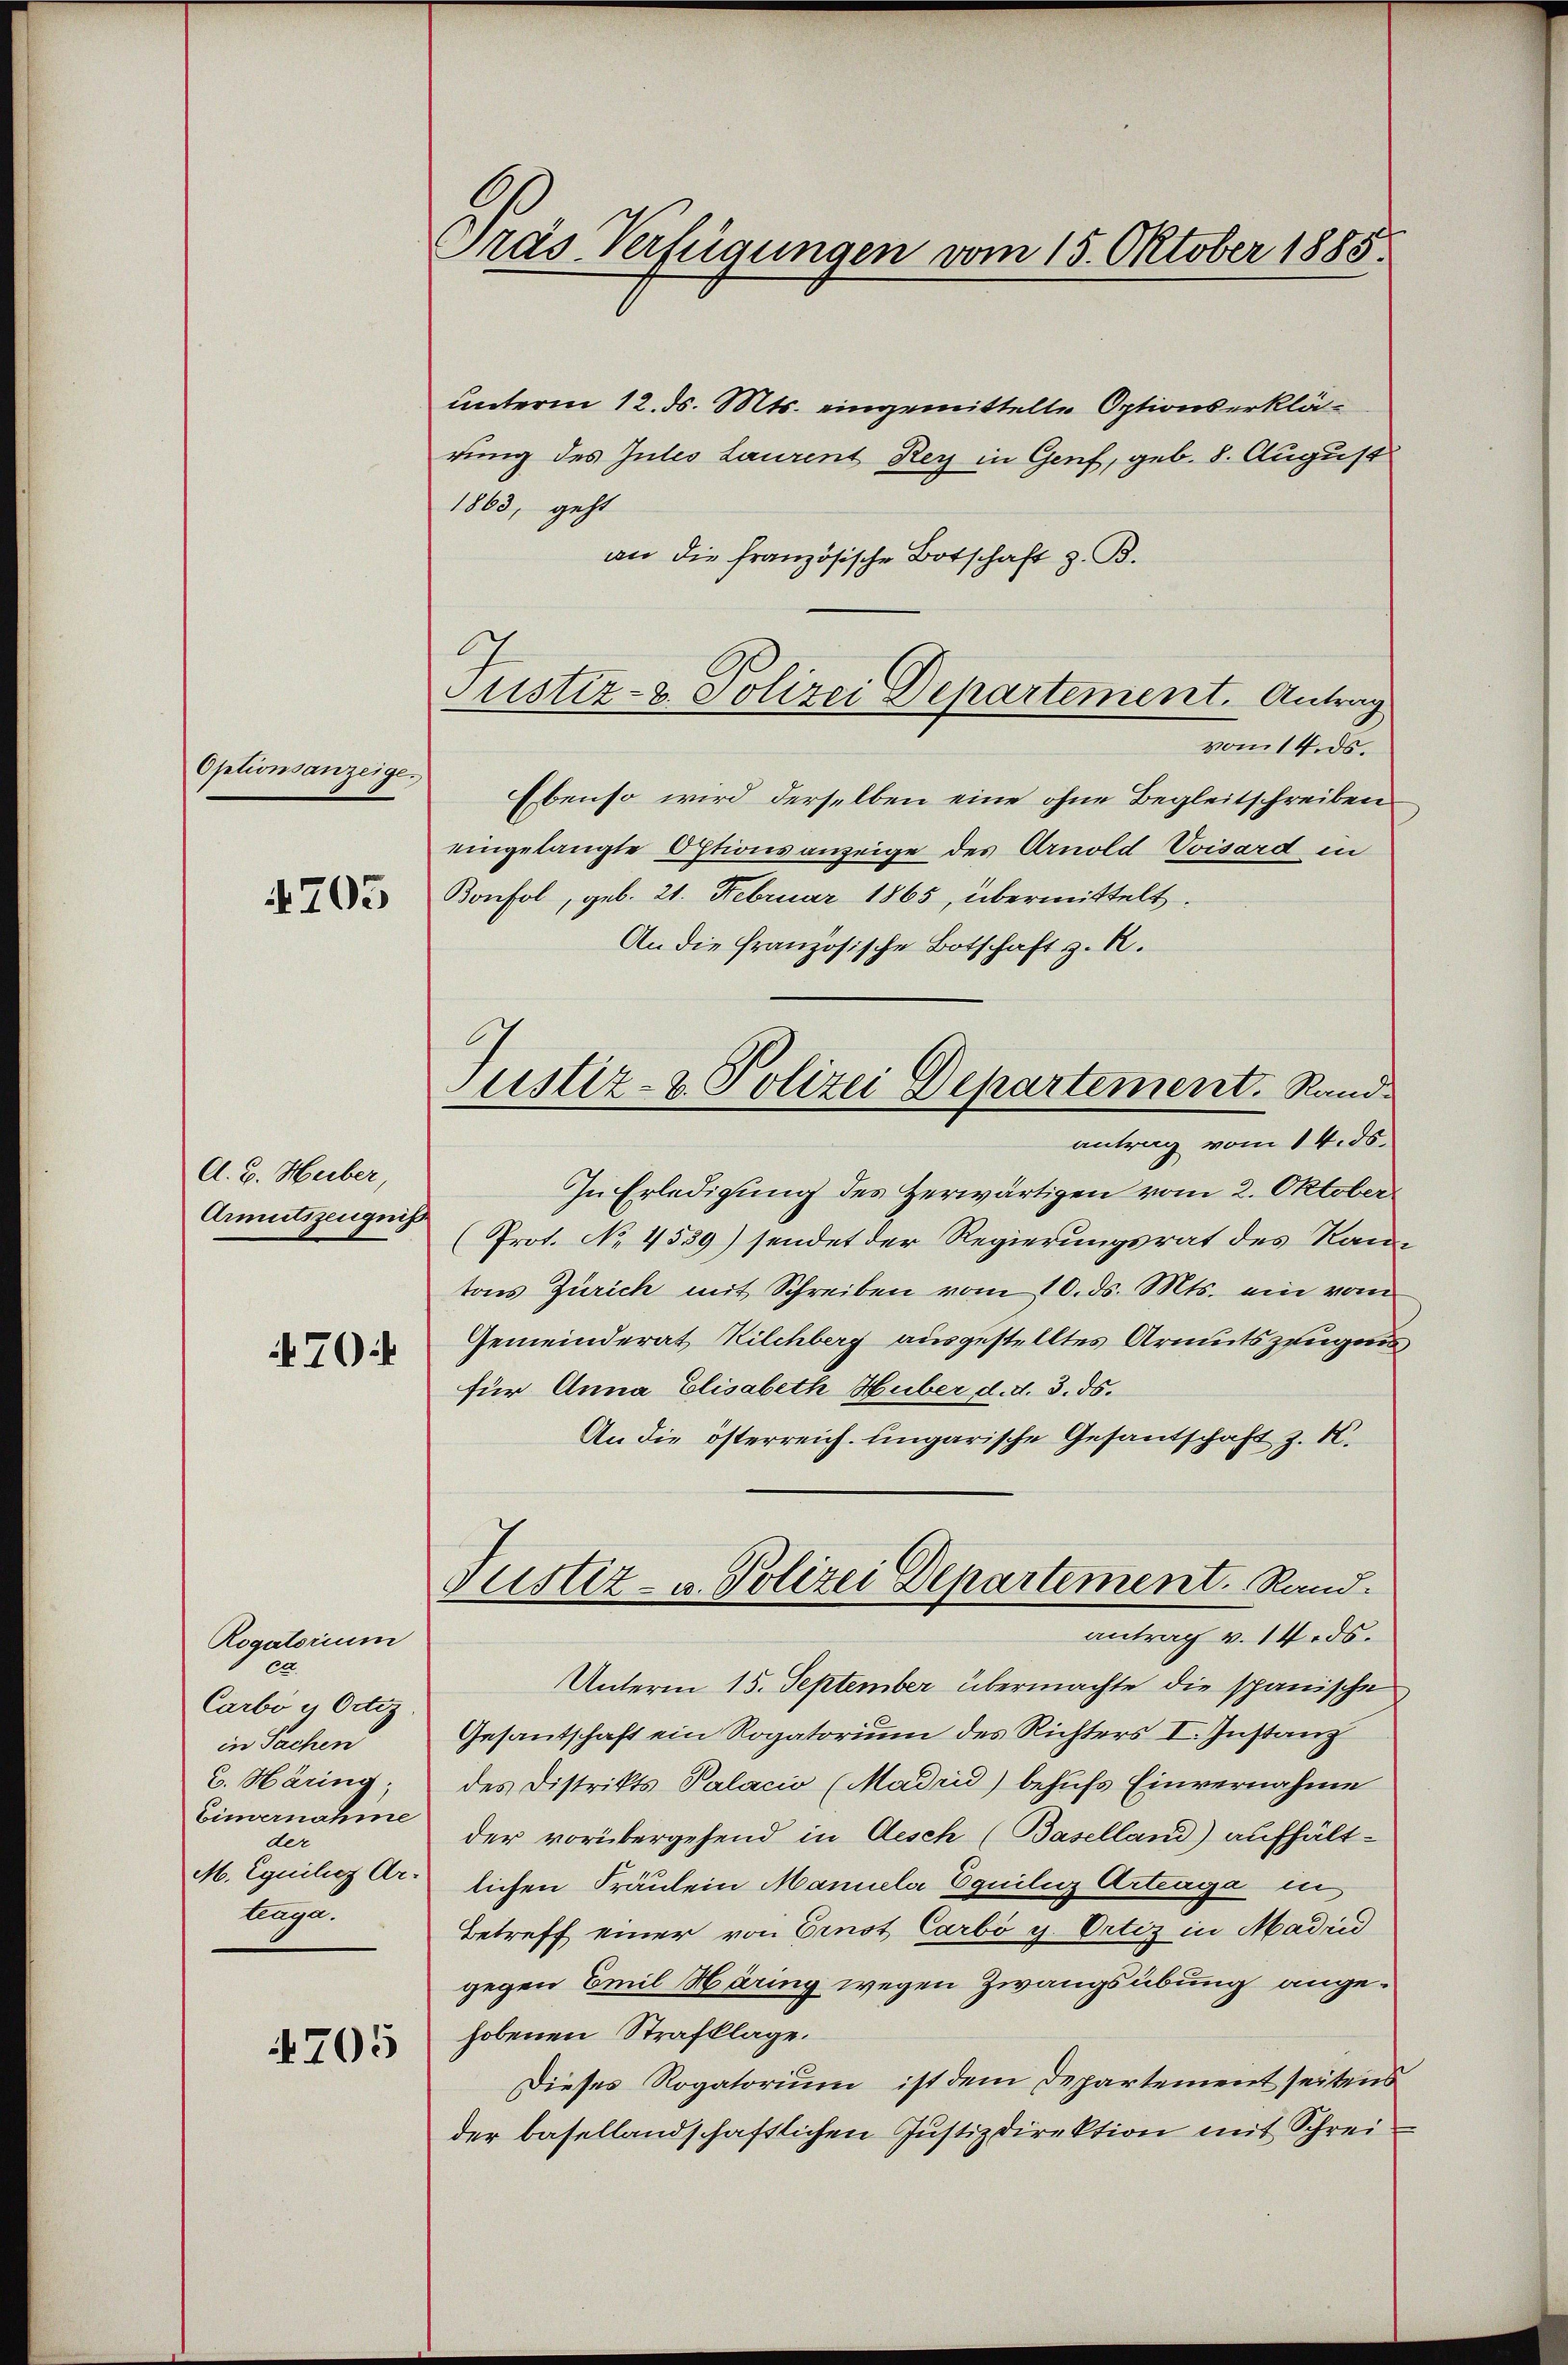
Optionsanzeige.
4705

A. B. Heiber,
Armutszeugnis
70:

Rogatorium
e
Carbo g Octiz.
in Sachen
E. Häring
Einvernahme
der
M. Equiliez Arlaga.

4705

Gras Verfügungen vom 15. Oktober 1885.

unterm 12. ds. Mts. eingemittelte Optionserklärung des Gutes Laurent Rey in Genf, geb. 8. August
1863, geht
an die französische Botschaft z. B.
Tustiz- & Polizei Departement. Antrag
vom 14. ds.
Ebenso wird derselben eine ohne Begleitschreiben
eingelangte Optionsanzeige des Arnold Voisard in
Bonfol, geb. 21. Februar 1865, übermittelt.
An die französische Botschaft z. R.
antrag vom 14. ds.
In Erledigung des Herwärtigen vom 2. Oktober
(Prot. No. 4539) sendet der Regierungsrat des Rautons Zürich mit Schreiben vom 10. ds. Mts. ein vom
Gemeinderat Kilchberg ausgestelltes Armutszeugensfür Anna Elisabeth Huber d. d. 3. ds.
An die österreich. ungarische Gesandschaft z. K.
Justiz- u. Polizei Departement. Rand.
antrag v. 14.ds.
Unterm 15. September übermachte die spanische
Gesantschaft ein Rogatorium des Richters I. Instanz
des Distrikts Palacio (Madrid) behufs Einvernahme
der vorübergehend in Aesch (Baselland) aufhält-
lichen Fräulein Mannela Equilii Arteaga in
Betreff einer von Ernst Carbo g. Ortiz in Madrid
gegen Emil Häring wegen Zwangsübung angehobenen Strafklage.
Dieses Rogatorium ist dem Departement seitens
der basellandschaftlichen Justizdirektion mit Schrei¬

Justiz- & Polizei Departement. Rand-